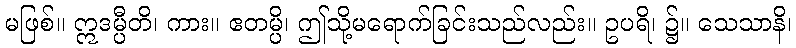
မဖြစ်။ ဣဒမ္ပီတိ၊ ကား။ ဧတမ္ပိ၊ ဤသို့မရောက်ခြင်းသည်လည်း။ ဥပရိ၊ ၌။ သေသာနိ၊